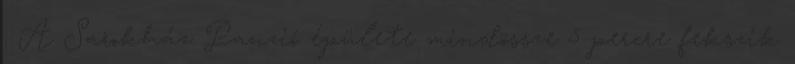
. A Sarokház Panzió épülete mindössze 5 percre fekszik